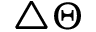
\triangle \Theta